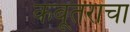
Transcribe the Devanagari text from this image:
कबूतरांचा